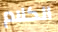
الكلام